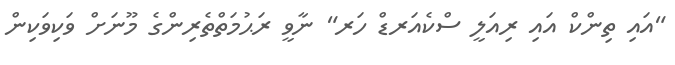
"އައި ތިންކް އައި ރިއަލީ ސްކެއަރޑް ހަރ" ނާވީ ރަޙުމަތްތެރިންގެ މޫނަށް ވަކިވަކިން